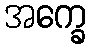
အက္ခေ